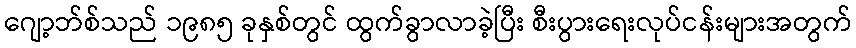
ဂျော့ဘ်စ်သည် ၁၉၈၅ ခုနှစ်တွင် ထွက်ခွာလာခဲ့ပြီး စီးပွားရေးလုပ်ငန်းများအတွက်